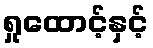
ရှုထောင့်နှင့်